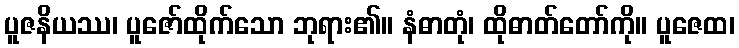
ပူဇနိယဿ၊ ပူဇော်ထိုက်သော ဘုရား၏။ နံဓာတုံ၊ ထိုဓာတ်တော်ကို။ ပူဇေထ၊